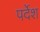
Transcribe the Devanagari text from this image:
पर्देश